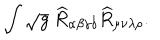
\int \sqrt { g } ~ \widehat { R } _ { \alpha \beta \gamma \delta } \widehat { R } _ { \mu \nu \lambda \rho } .